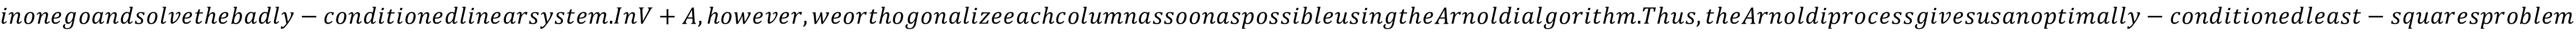
i n o n e g o a n d s o l v e t h e b a d l y - c o n d i t i o n e d l i n e a r s y s t e m . I n V + A , h o w e v e r , w e o r t h o g o n a l i z e e a c h c o l u m n a s s o o n a s p o s s i b l e u s i n g t h e A r n o l d i a l g o r i t h m . T h u s , t h e A r n o l d i p r o c e s s g i v e s u s a n o p t i m a l l y - c o n d i t i o n e d l e a s t - s q u a r e s p r o b l e m